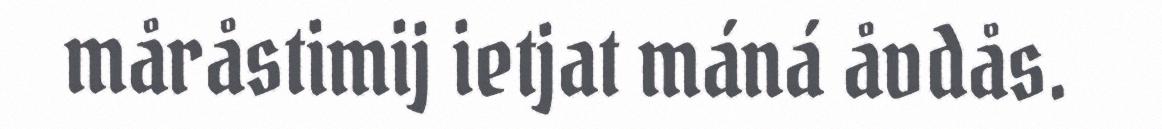
måråstimij ietjat máná åvdås.